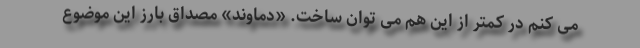
می کنم در کمتر از این هم می توان ساخت. «دماوند» مصداق بارز این موضوع